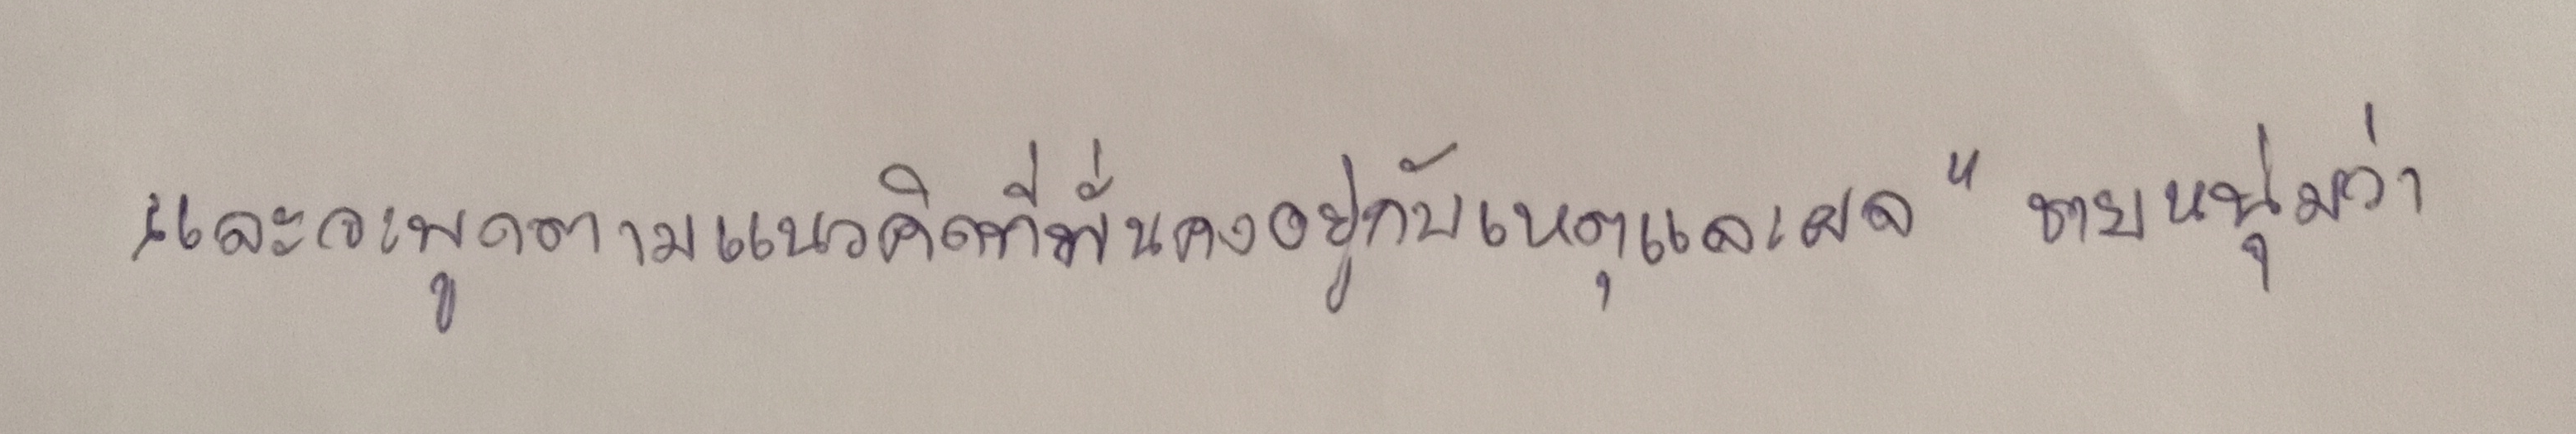
และจะพูดตามแนวคิดที่มั่นคงอยู่กับเหตุและผล"ชายหนุ่มว่า